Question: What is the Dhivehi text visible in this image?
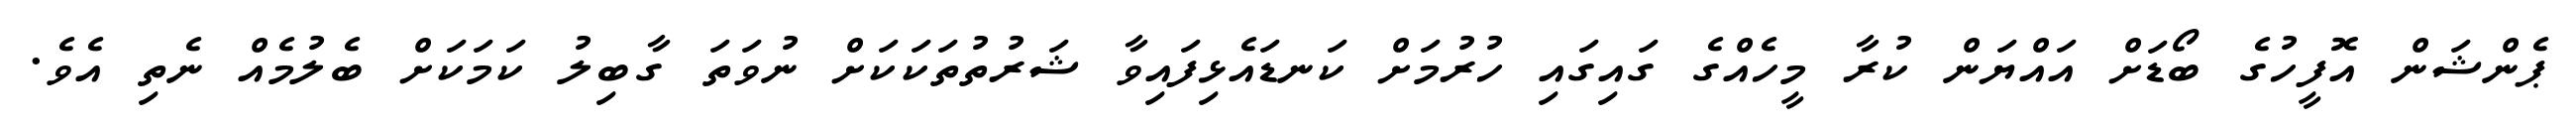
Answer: ޕެންޝަން އޮފީހުގެ ބޯޑަށް އައްޔަން ކުރާ މީހެއްގެ ގައިގައި ހުރުމަށް ކަނޑައެޅިފައިވާ ޝަރުތުތަކަކަށް ނުވަތަ ގާބިލު ކަމަކަށް ބެލުމެއް ނެތި އެވެ.